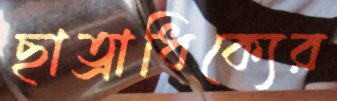
ছাত্রাধিক্যের